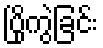
ပြိုကွဲခြင်း